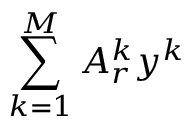
\sum _ { k = 1 } ^ { M } A _ { r } ^ { k } y ^ { k }